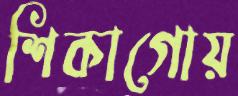
শিকাগোয়